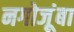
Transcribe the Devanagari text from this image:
नगोजूंबा